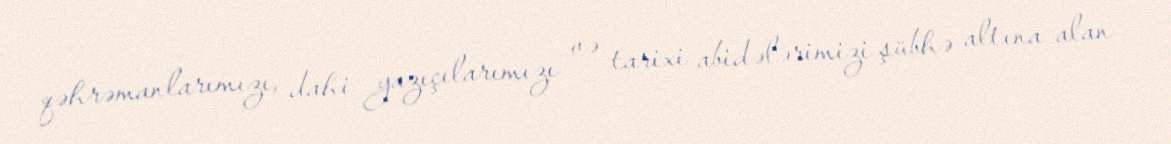
qəhrəmanlarımızı, dahi yazıçılarımızı və tarixi abidələrimizi şübhə altına alan